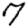
Digit: 7